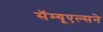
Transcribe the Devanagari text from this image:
सॅम्यूएल्सने